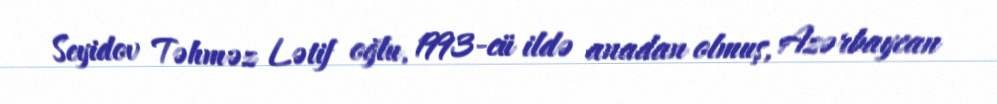
Seyidov Təhməz Lətif oğlu, 1993-cü ildə anadan olmuş, Azərbaycan